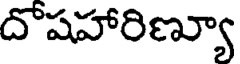
దొషహారిణ్యూ